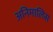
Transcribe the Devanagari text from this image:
अनिमालिस